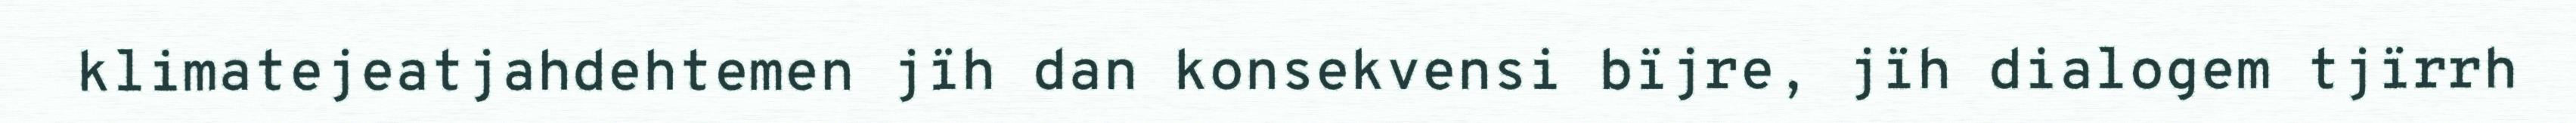
klimatejeatjahdehtemen jïh dan konsekvensi bïjre, jïh dialogem tjïrrh